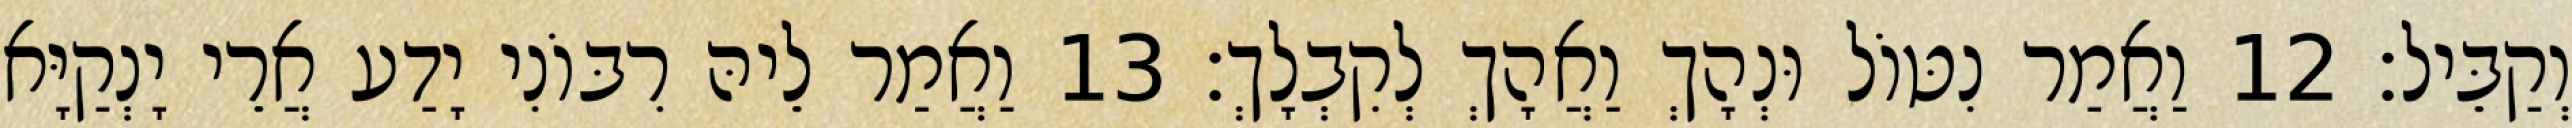
וְקַבֵּיל׃ 12 וַאֲמַר נִטּוֹל וּנְהָךְ וַאֲהָךְ לְקִבְלָךְ׃ 13 וַאֲמַר לֵיהּ רִבּוֹנִי יָדַע אֲרֵי יָנְקַיָּא